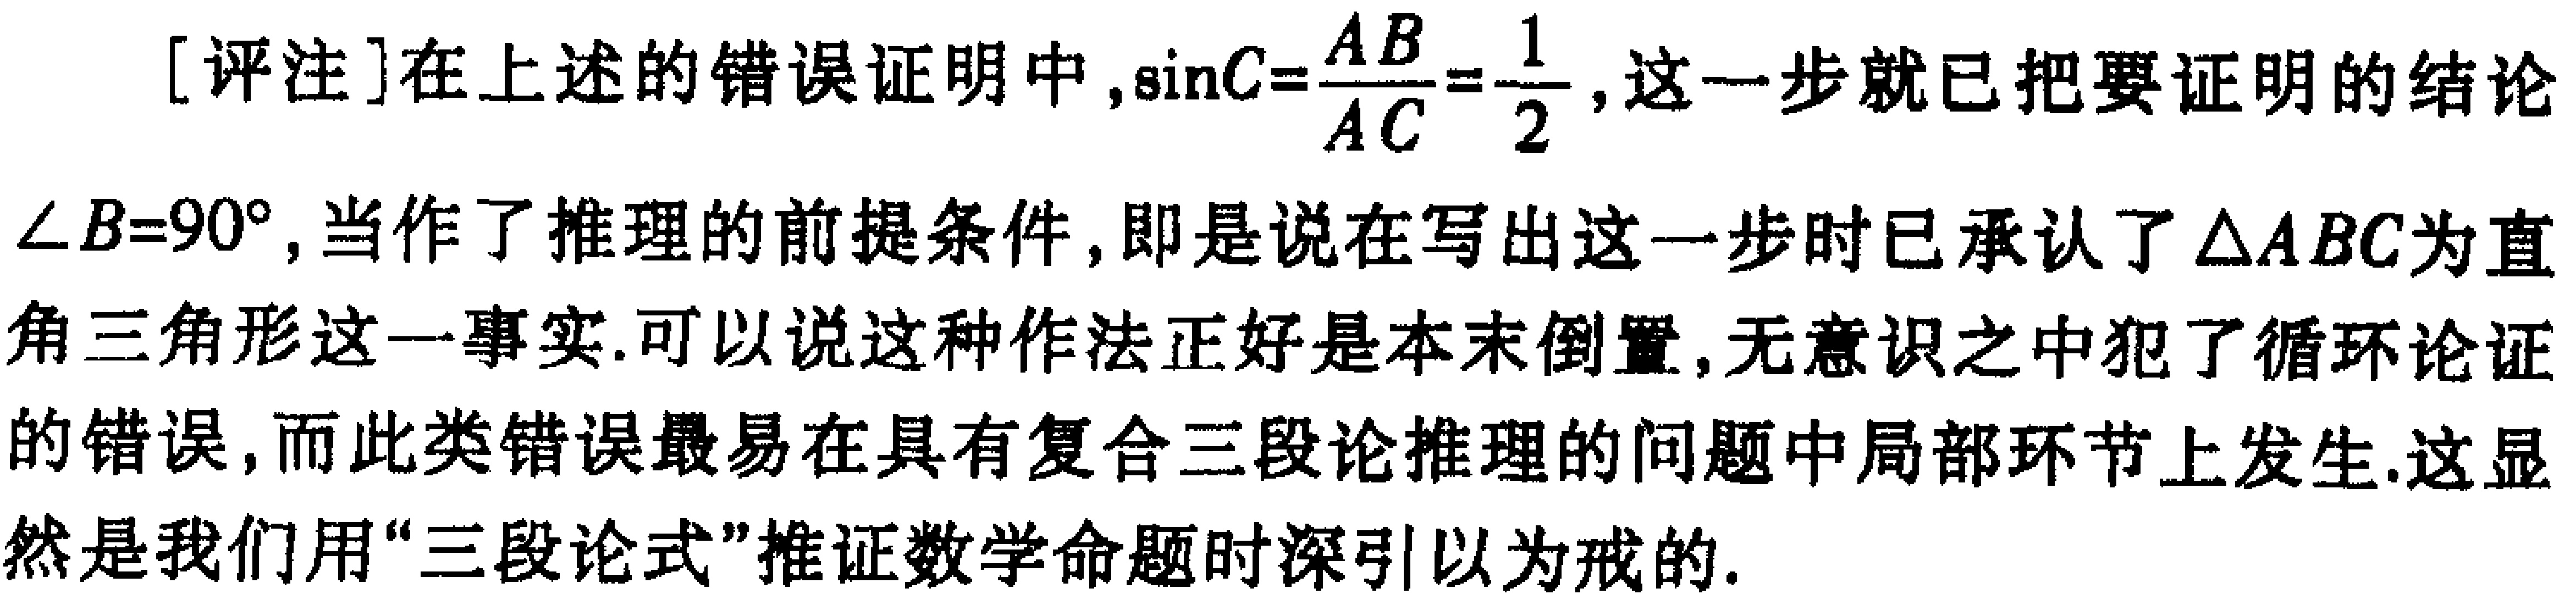
[评注]在上述的错误证明中，\(\sin C = \frac{AB}{AC}=\frac{1}{2}\)，这一步就已把要证明的结论\(\angle B = 90^{\circ}\)，当作了推理的前提条件，即是说在写出这一步时已承认了\(\triangle ABC\)为直角三角形这一事实.可以说这种作法正好是本末倒置，无意识之中犯了循环论证的错误，而此类错误最易在具有复合三段论推理的问题中局部环节上发生.这显然是我们用“三段论式”推证数学命题时深引以为戒的.